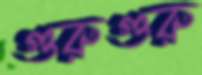
গুরুগুরু